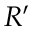
R ^ { \prime }